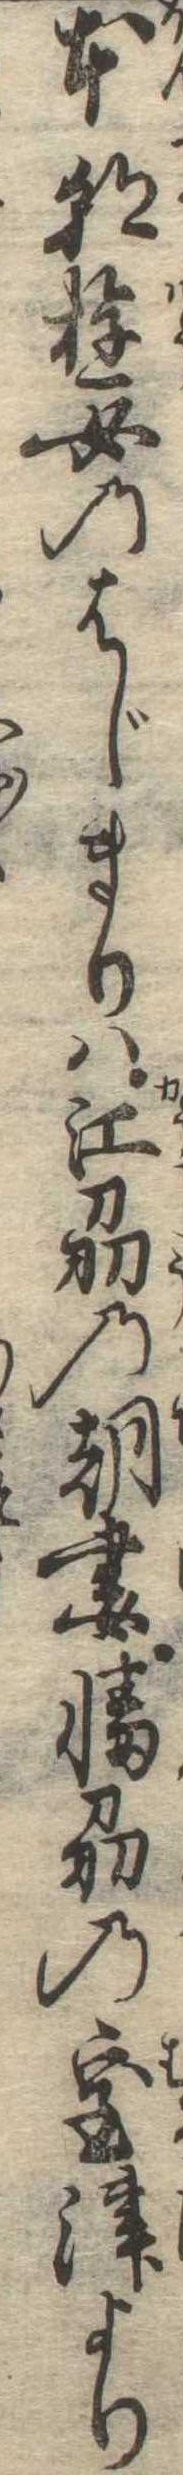
本朝遊女のはじまりは江刕の朝妻幡の室津より